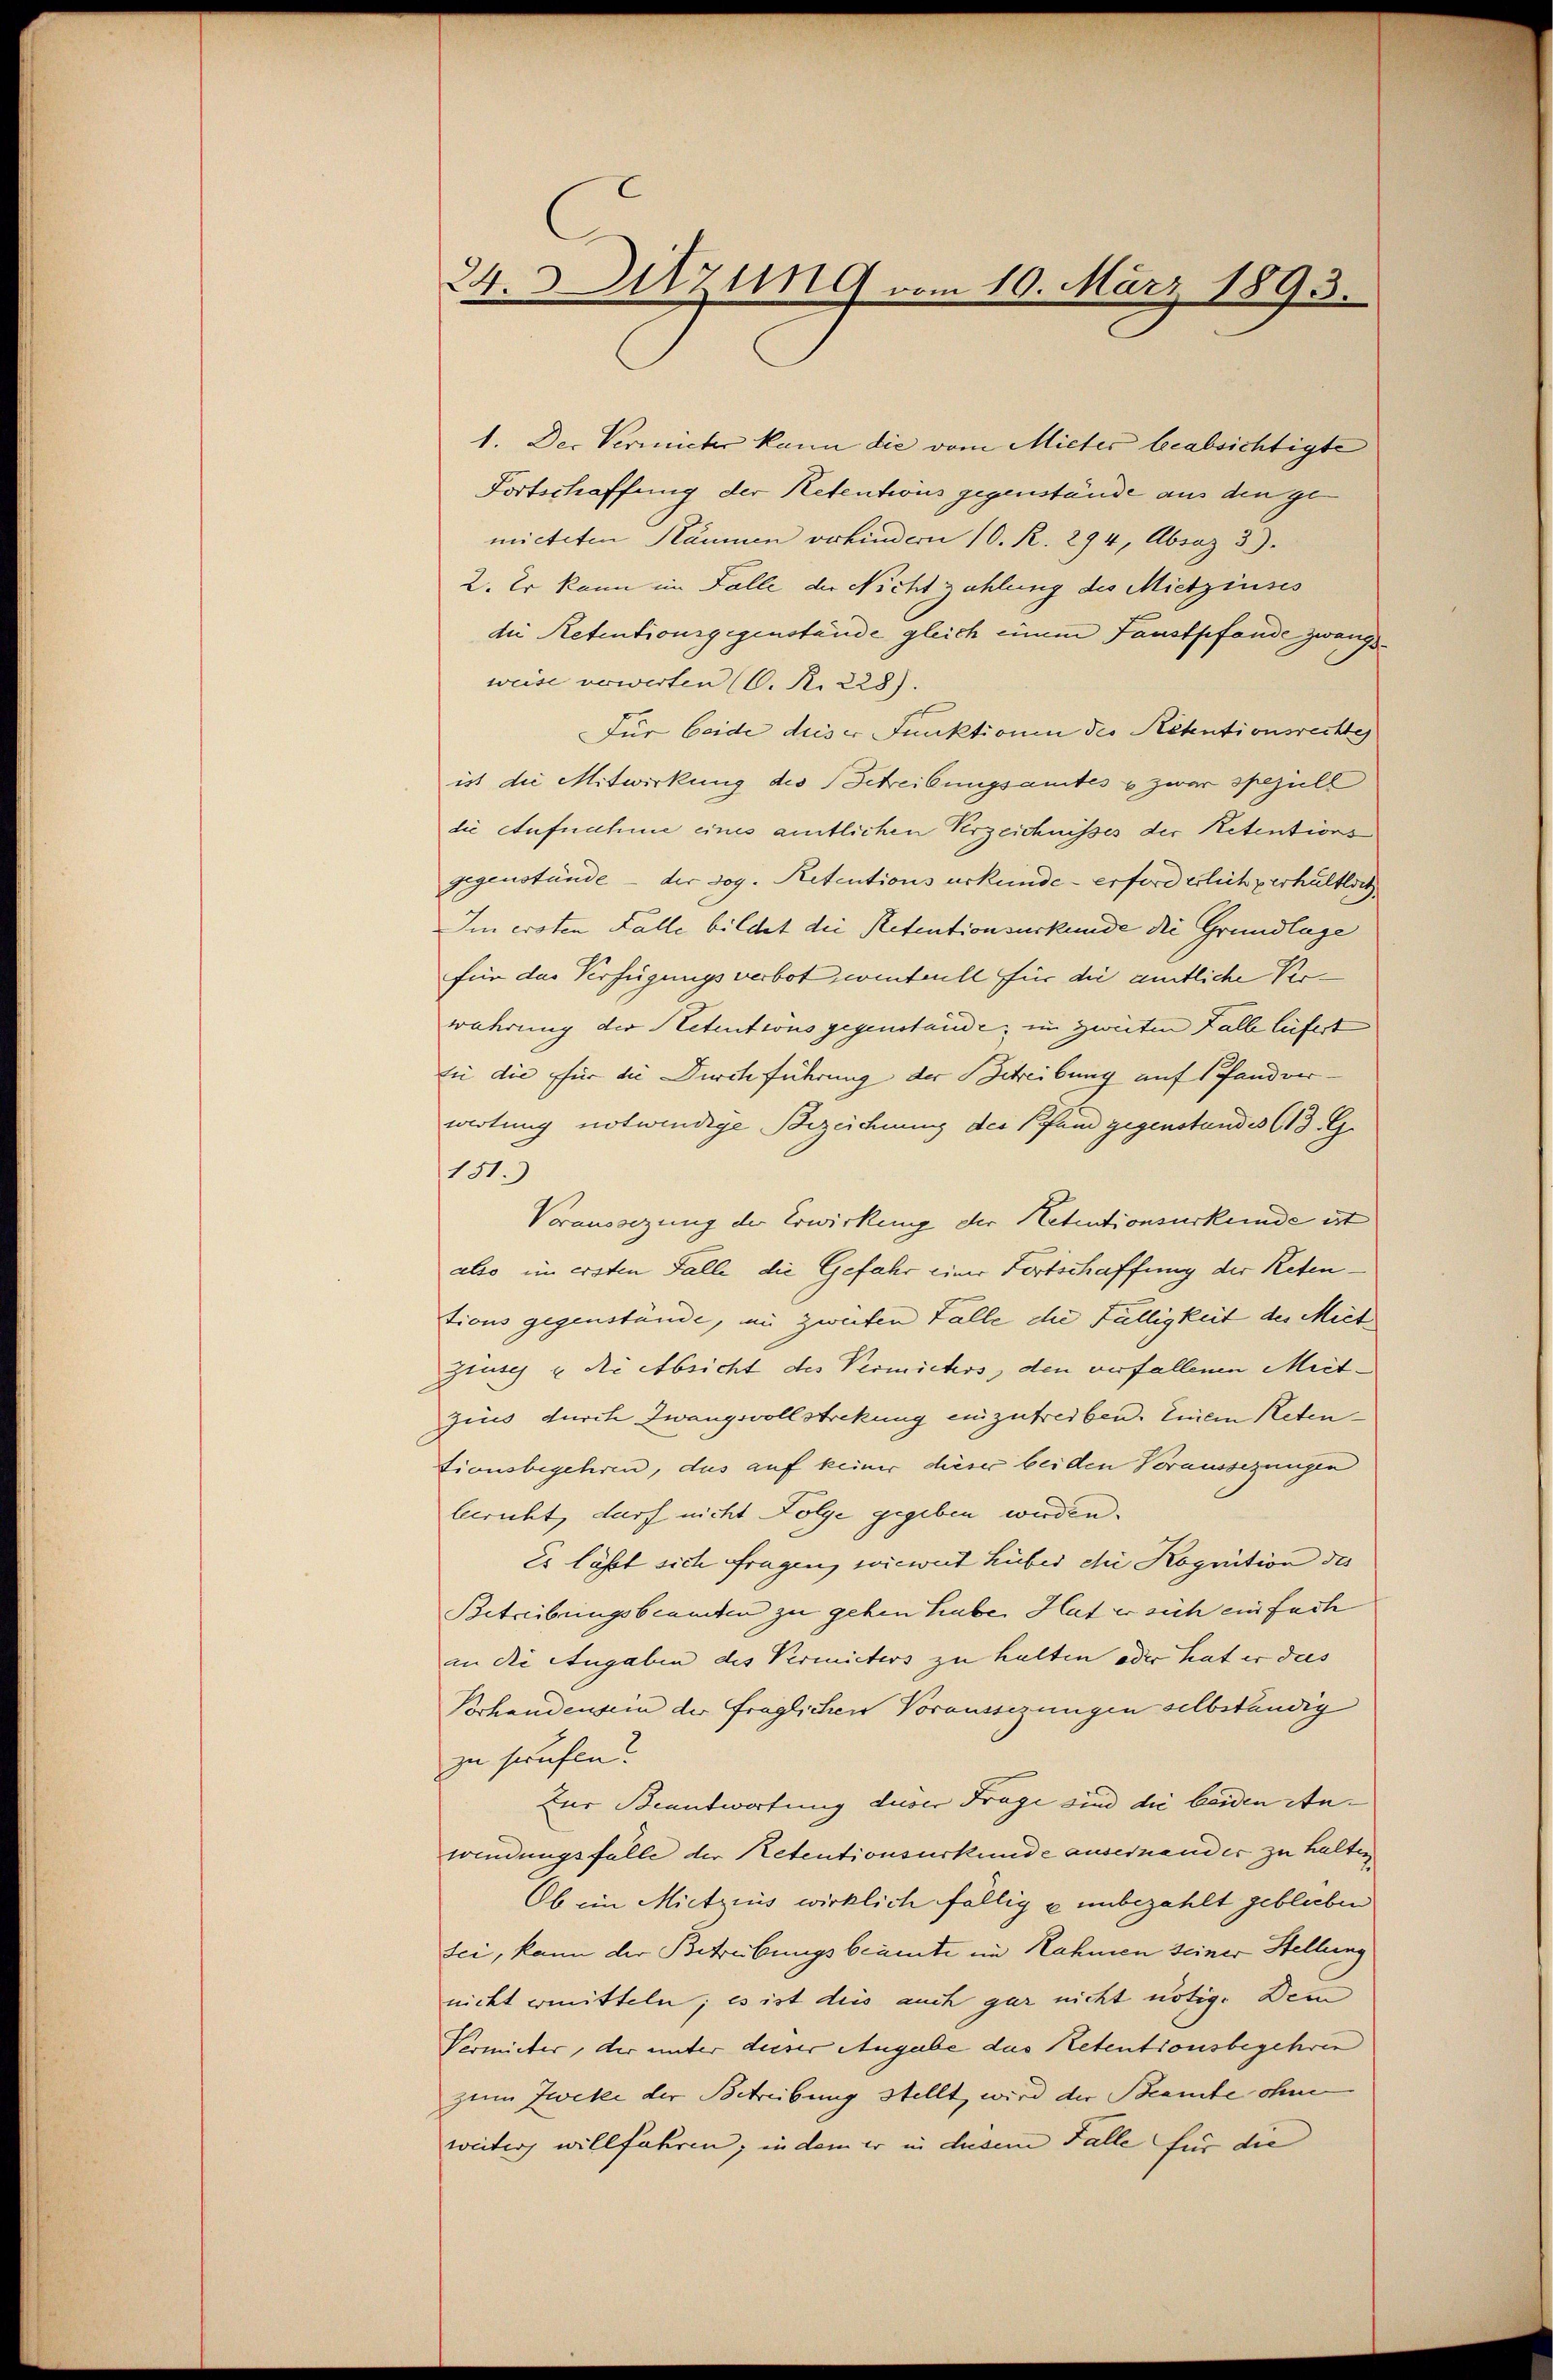
24. Sitzung vom 10. März 1893.

1. Der Vermieter kann die vom Mieter beabsichtigte
Fortschaffung der Retentius gegenstände aus den gemicteten Räumen verkindern 10. R. 294, Absaz 3)
2. Er kann im Falle der Nicht zahlung des Mietzinses
die Retentionsgegenstände gleich einem Faustpfande zwangsweise verwerten (C. R. 228).
Für beide dieser Funktionen des Retentionsrechtes
ist die Mitwirkung des Schreibungsamtes u zwar speziell
die Aufnahme eines amtlichen Verzeichnisses der Retentions
gegenstände - der sog. Retentions urkunde - erforderlich verhältlich
Im ersten Falle bildet die Retentionsurkunde die Grundlage
für das Verfügungsverbot, winterll für die amtliche Verwahrung der Retentions gegenstände, im zweiten Falle liefert
fie die für die Dirchführung der Schreibung auf Pfandverwortung notwendige Bezeichnung der Pfand gegenstandes 613. G.
151.)
Voraussezung der Erwirkung der Retentionsurkunde ist
also im ersten Falle die Gefahr einer Fortschaffung der Retentions gegenstände, in zweiten Falle die Fälligkeit des Miet
Ziusch u die Absicht des Vermieters, den verfallenen Meitzins durch Zwangsvollstrekung einzutreiben. Einem Retentionsbegehren, das auf keiner dieser bei den Voraussezungen
bericht, darf nicht Folge gegeben werden.
Es läßt sich fragen, wieweit Huber chi Kognition des
Betreibungsbeamten zu gehen habe Hat er sich einfach
in die Angaben des Vermieters zu halten oder hat er das
Vorhandensein der fraglichen Voraussezungen selbständig
zu sanfte
zur Beantwortung deser Frage sind die beiden Anwindungsfälle der Retentionsurkunde auseinend er zu halten.
Ob ein Mietzins wirklich fällig u unbezahlt geblieben
sei, kann der Betreibungsbeamte im Rahmen seiner Stellung
nicht ermitteln; es ist dies auch gar nicht nötig. Dem
Vermitter, der unter dieser Angabe das Retentionsbegehren
zum Zweke der Betreibung stellt, wird der Beamte ohnen
weiter willfahren; in dem er in diesem Falle für die